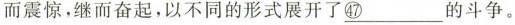
而震惊，继而奋起，以不同的形式展开了\underline{㊼}的斗争。